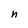
Character: n